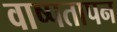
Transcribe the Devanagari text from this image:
वाष्पतापन